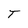
Character: T